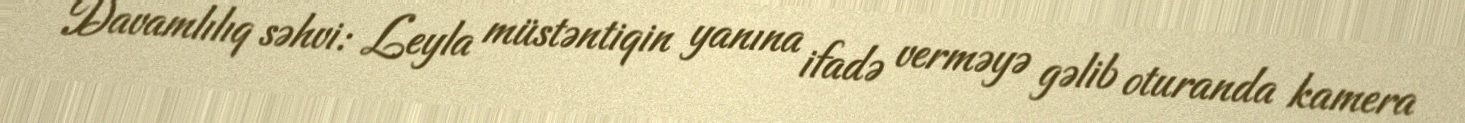
Davamlılıq səhvi: Leyla müstəntiqin yanına ifadə verməyə gəlib oturanda kamera